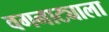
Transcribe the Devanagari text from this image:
वगनाट्याला